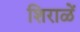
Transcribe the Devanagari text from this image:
शिराळें